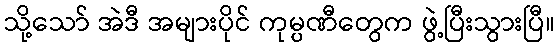
သို့သော် အဲဒီ အများပိုင် ကုမ္ပဏီတွေက ဖွဲ့ပြီးသွားပြီ။